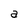
Character: a